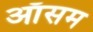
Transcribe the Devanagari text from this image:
ऑसम